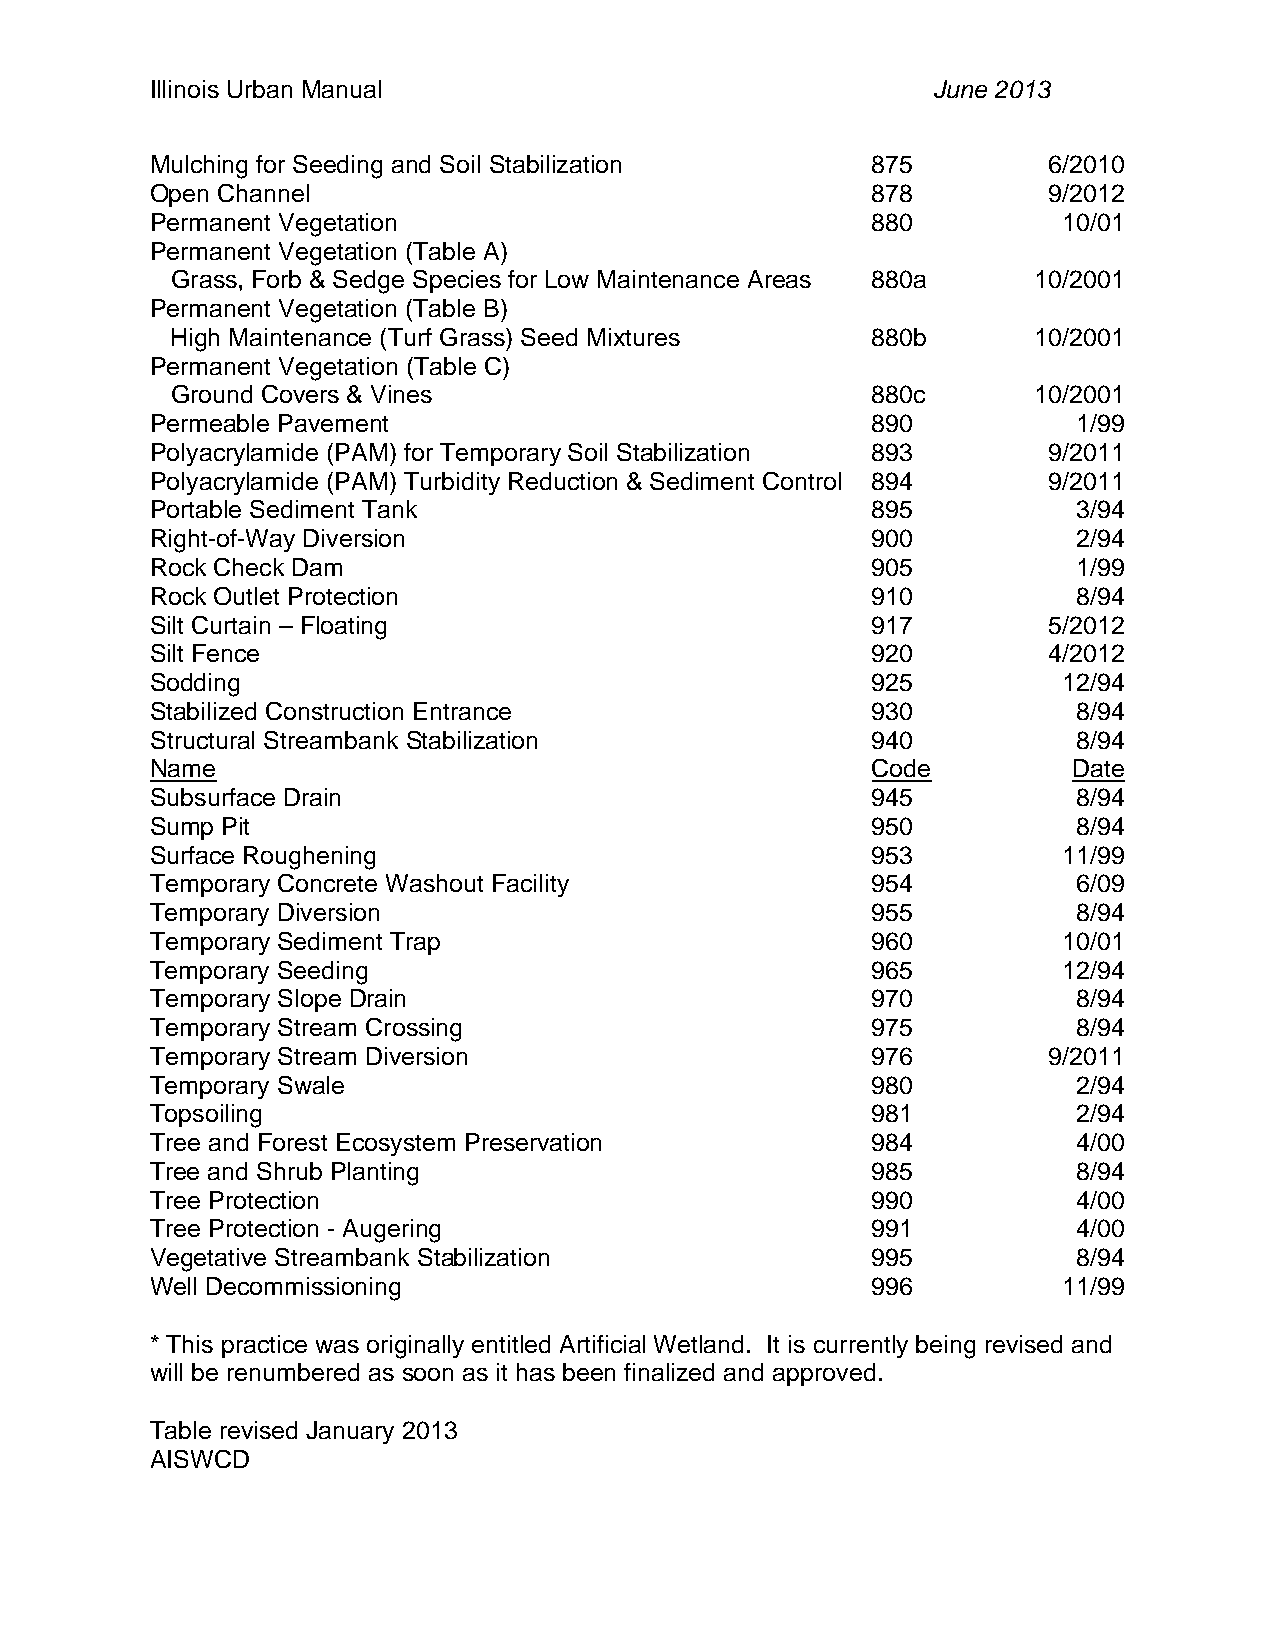
Illinois Urban Manual                               June 2013
 Mulching for Seeding and Soil Stabilization     875        6/2010
 Open Channel                                    878        9/2012
 Permanent Vegetation                            880         10/01
 Permanent Vegetation (Table A)
 Grass, Forb & Sedge Species for Low Maintenance Areas 880a 10/2001
 Permanent Vegetation (Table B)
 High Maintenance (Turf Grass) Seed Mixtures    880b       10/2001
 Permanent Vegetation (Table C)
 Ground Covers & Vines                          880c       10/2001
 Permeable Pavement                              890          1/99
 Polyacrylamide (PAM) for Temporary Soil Stabilization 893  9/2011
 Polyacrylamide (PAM) Turbidity Reduction & Sediment Control 894 9/2011
 Portable Sediment Tank                          895          3/94
 Right-of-Way Diversion                          900          2/94
 Rock Check Dam                                  905          1/99
 Rock Outlet Protection                          910          8/94
 Silt Curtain – Floating                         917        5/2012
 Silt Fence                                      920        4/2012
 Sodding                                         925         12/94
 Stabilized Construction Entrance                930          8/94
 Structural Streambank Stabilization             940          8/94
 Name                                            Code         Date
 Subsurface Drain                                945          8/94
 Sump Pit                                        950          8/94
 Surface Roughening                              953         11/99
 Temporary Concrete Washout Facility             954          6/09
 Temporary Diversion                             955          8/94
 Temporary Sediment Trap                         960         10/01
 Temporary Seeding                               965         12/94
 Temporary Slope Drain                           970          8/94
 Temporary Stream Crossing                       975          8/94
 Temporary Stream Diversion                      976        9/2011
 Temporary Swale                                 980          2/94
 Topsoiling                                      981          2/94
 Tree and Forest Ecosystem Preservation          984          4/00
 Tree and Shrub Planting                         985          8/94
 Tree Protection                                 990          4/00
 Tree Protection - Augering                      991          4/00
 Vegetative Streambank Stabilization             995          8/94
 Well Decommissioning                            996         11/99
 * This practice was originally entitled Artificial Wetland. It is currently being revised and
 will be renumbered as soon as it has been finalized and approved.
 Table revised January 2013
 AISWCD